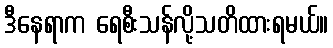
ဒီနေရာက ရေစီးသန်လို့သတိထားရမယ်။